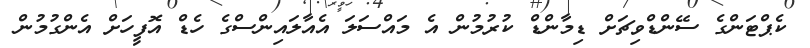
ކެޕްޓަންގެ ސޭންޑްވިޗަށް ޑިމާންޑް ކުރުމުން އެ މައްސަލަ އެއާލައިންސްގެ ހެޑް އޮފީހަށް އެންގުމުން